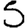
Digit: 5